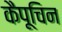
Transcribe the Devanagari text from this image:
कैपूचिन